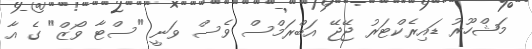
މަޝްހޫރު ޑައިރެކްޓަރު ޖޭޖޭ އަބްރަމްސް ވެސް ވަނީ "ސްޓާ ވޯޒް" ގެ އާ